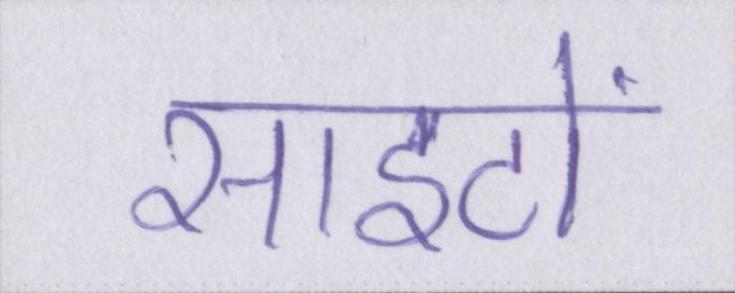
साइटों